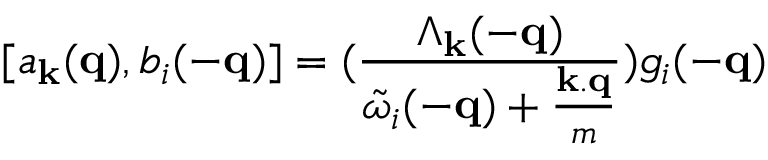
[ a _ { { \bf { k } } } ( { \bf { q } } ) , b _ { i } ( - { \bf { q } } ) ] = ( \frac { \Lambda _ { { \bf { k } } } ( - { \bf { q } } ) } { { \tilde { \omega } } _ { i } ( - { \bf { q } } ) + \frac { { \bf { k . q } } } { m } } ) g _ { i } ( - { \bf { q } } )